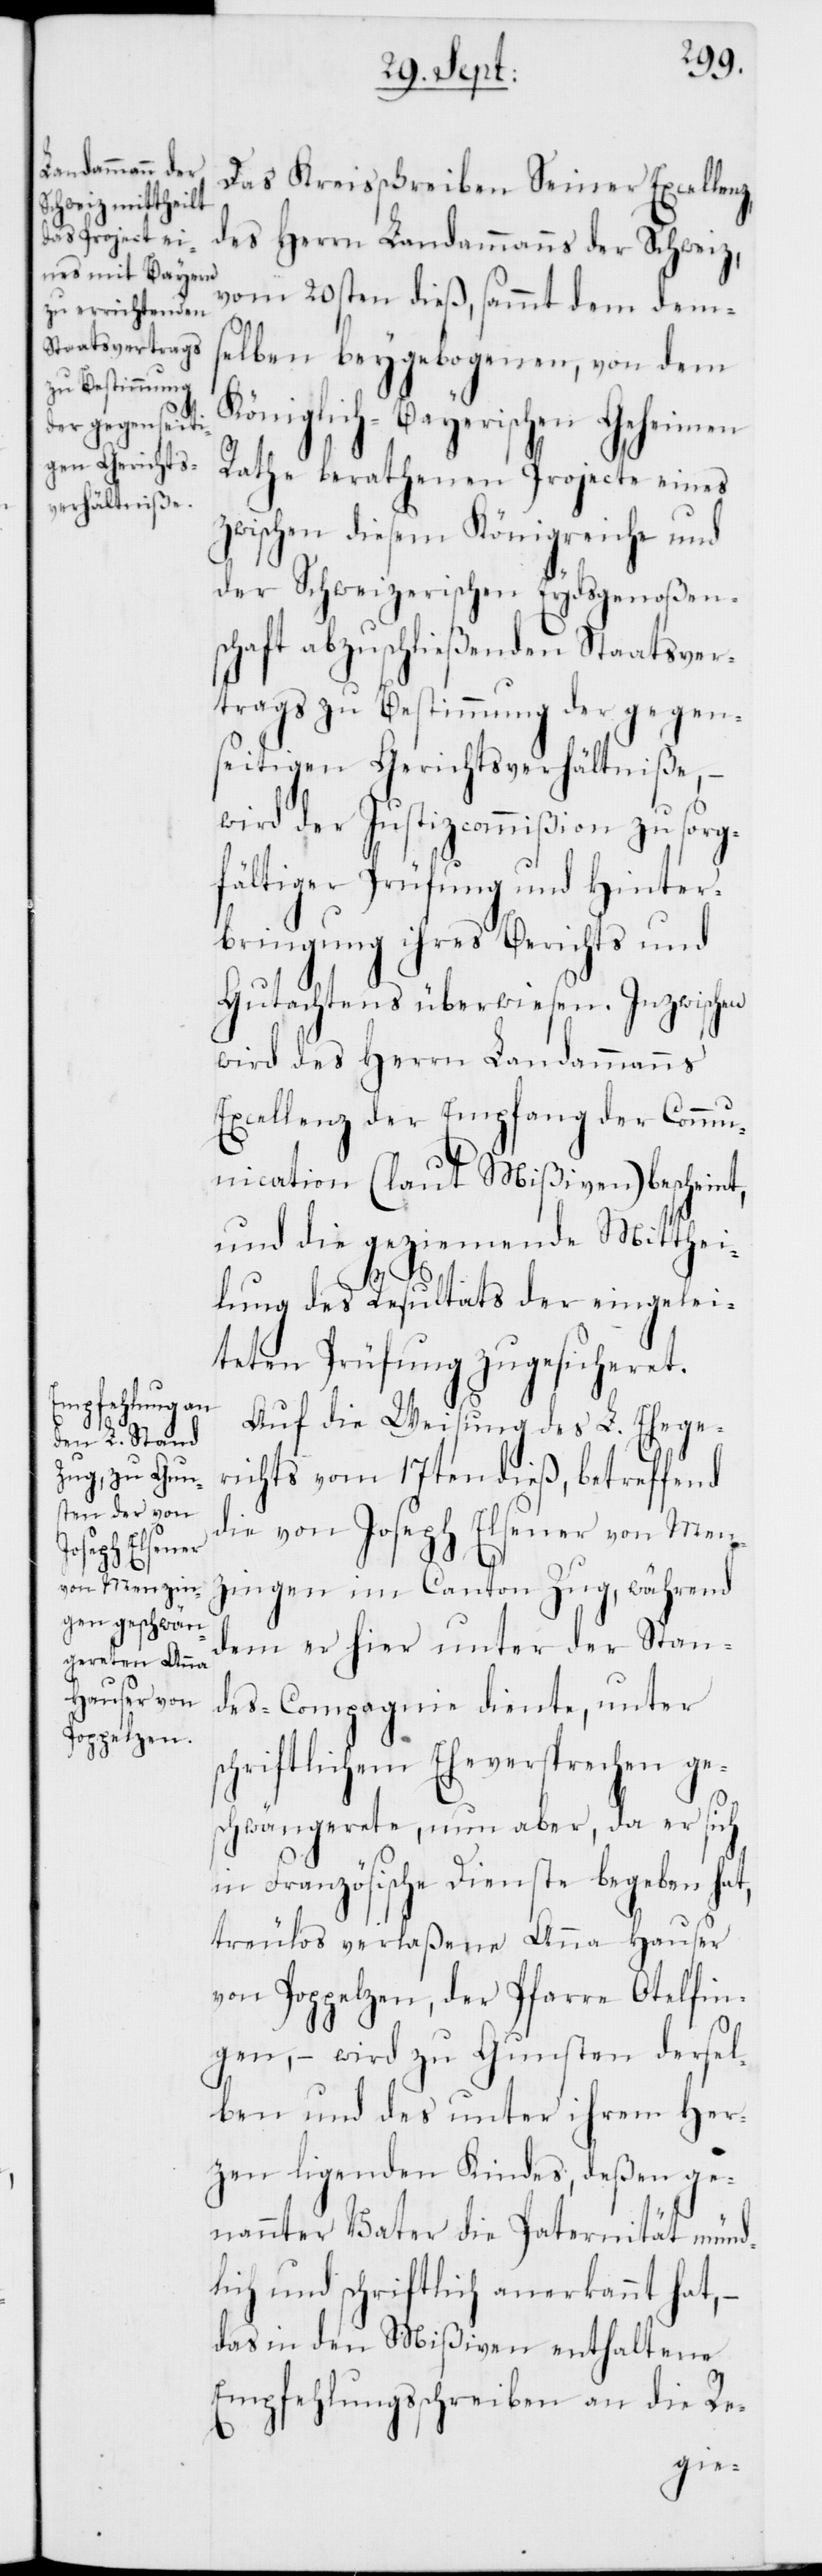
s¬
Otelfin¬
Poppelzen

Das Kreisschreiben Seiner Excellenz,
des Herrn Landammanns der Schweiz,
vom 20sten dieß, sammt dem dem¬
selben beygebogenen, von dem
Königlich-Bayerischen Geheimen
Rathe berathenen Projecte eines
zwischen diesem Königreiche und
der Schweizerischen Eydsgenoßen¬
schaft abzuschließenden Staatsver¬
trags zu Bestimmung der gegen¬
seitigen Gerichtsverhältniße, –
wird der Justizcommißion zu sorg¬
fältiger Prüfung und Hinter¬
bringung ihres Berichts und
Gutachtens überwiesen. Inzwischen
wird des Herrn Landammanns
Excellenz der Empfang der Comu¬
nication (laut Mißiven) bescheint,
und die geziemende Mitthei¬
lung des Resultats der eingelei¬
teten Prüfung zugesicheret.
Auf die Weisung des L. Ehege¬
richts vom 17ten dieß, betreffend
die von Joseph Elsener von Men¬
zingen im Canton Zug, während
dem er hier unter der Stan¬
des-Compagnie diente, unter
chriftlichem Eheversprechen ge¬
schwängerete, nun aber, da er sich
in Französische Dienste begeben hat,
treulos verlaßene Anna Hauser
gen, – wird zu Gunsten dersel¬
ben und des unter ihrem Her¬
zen ligenden Kindes, deßen ge¬
nannter Vater die Paternität münd¬
lich und schriftlich anerkannt hat, –
das in den Mißiven enthaltene
Empfehlungsschreiben an die Re-